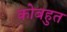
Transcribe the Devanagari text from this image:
कोबहुत